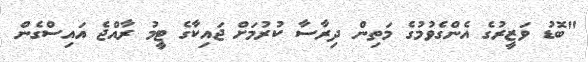
"ބޮޑު ވަޒީރުގެ އެންގެވުމުގެ މަތިން ދިރާސާ ކުރުމަށް ޖައިކާގެ ޓީމު ރާއްޖެ އައިސްގެން